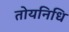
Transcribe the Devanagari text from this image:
तोयनिधि